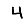
Digit: 4